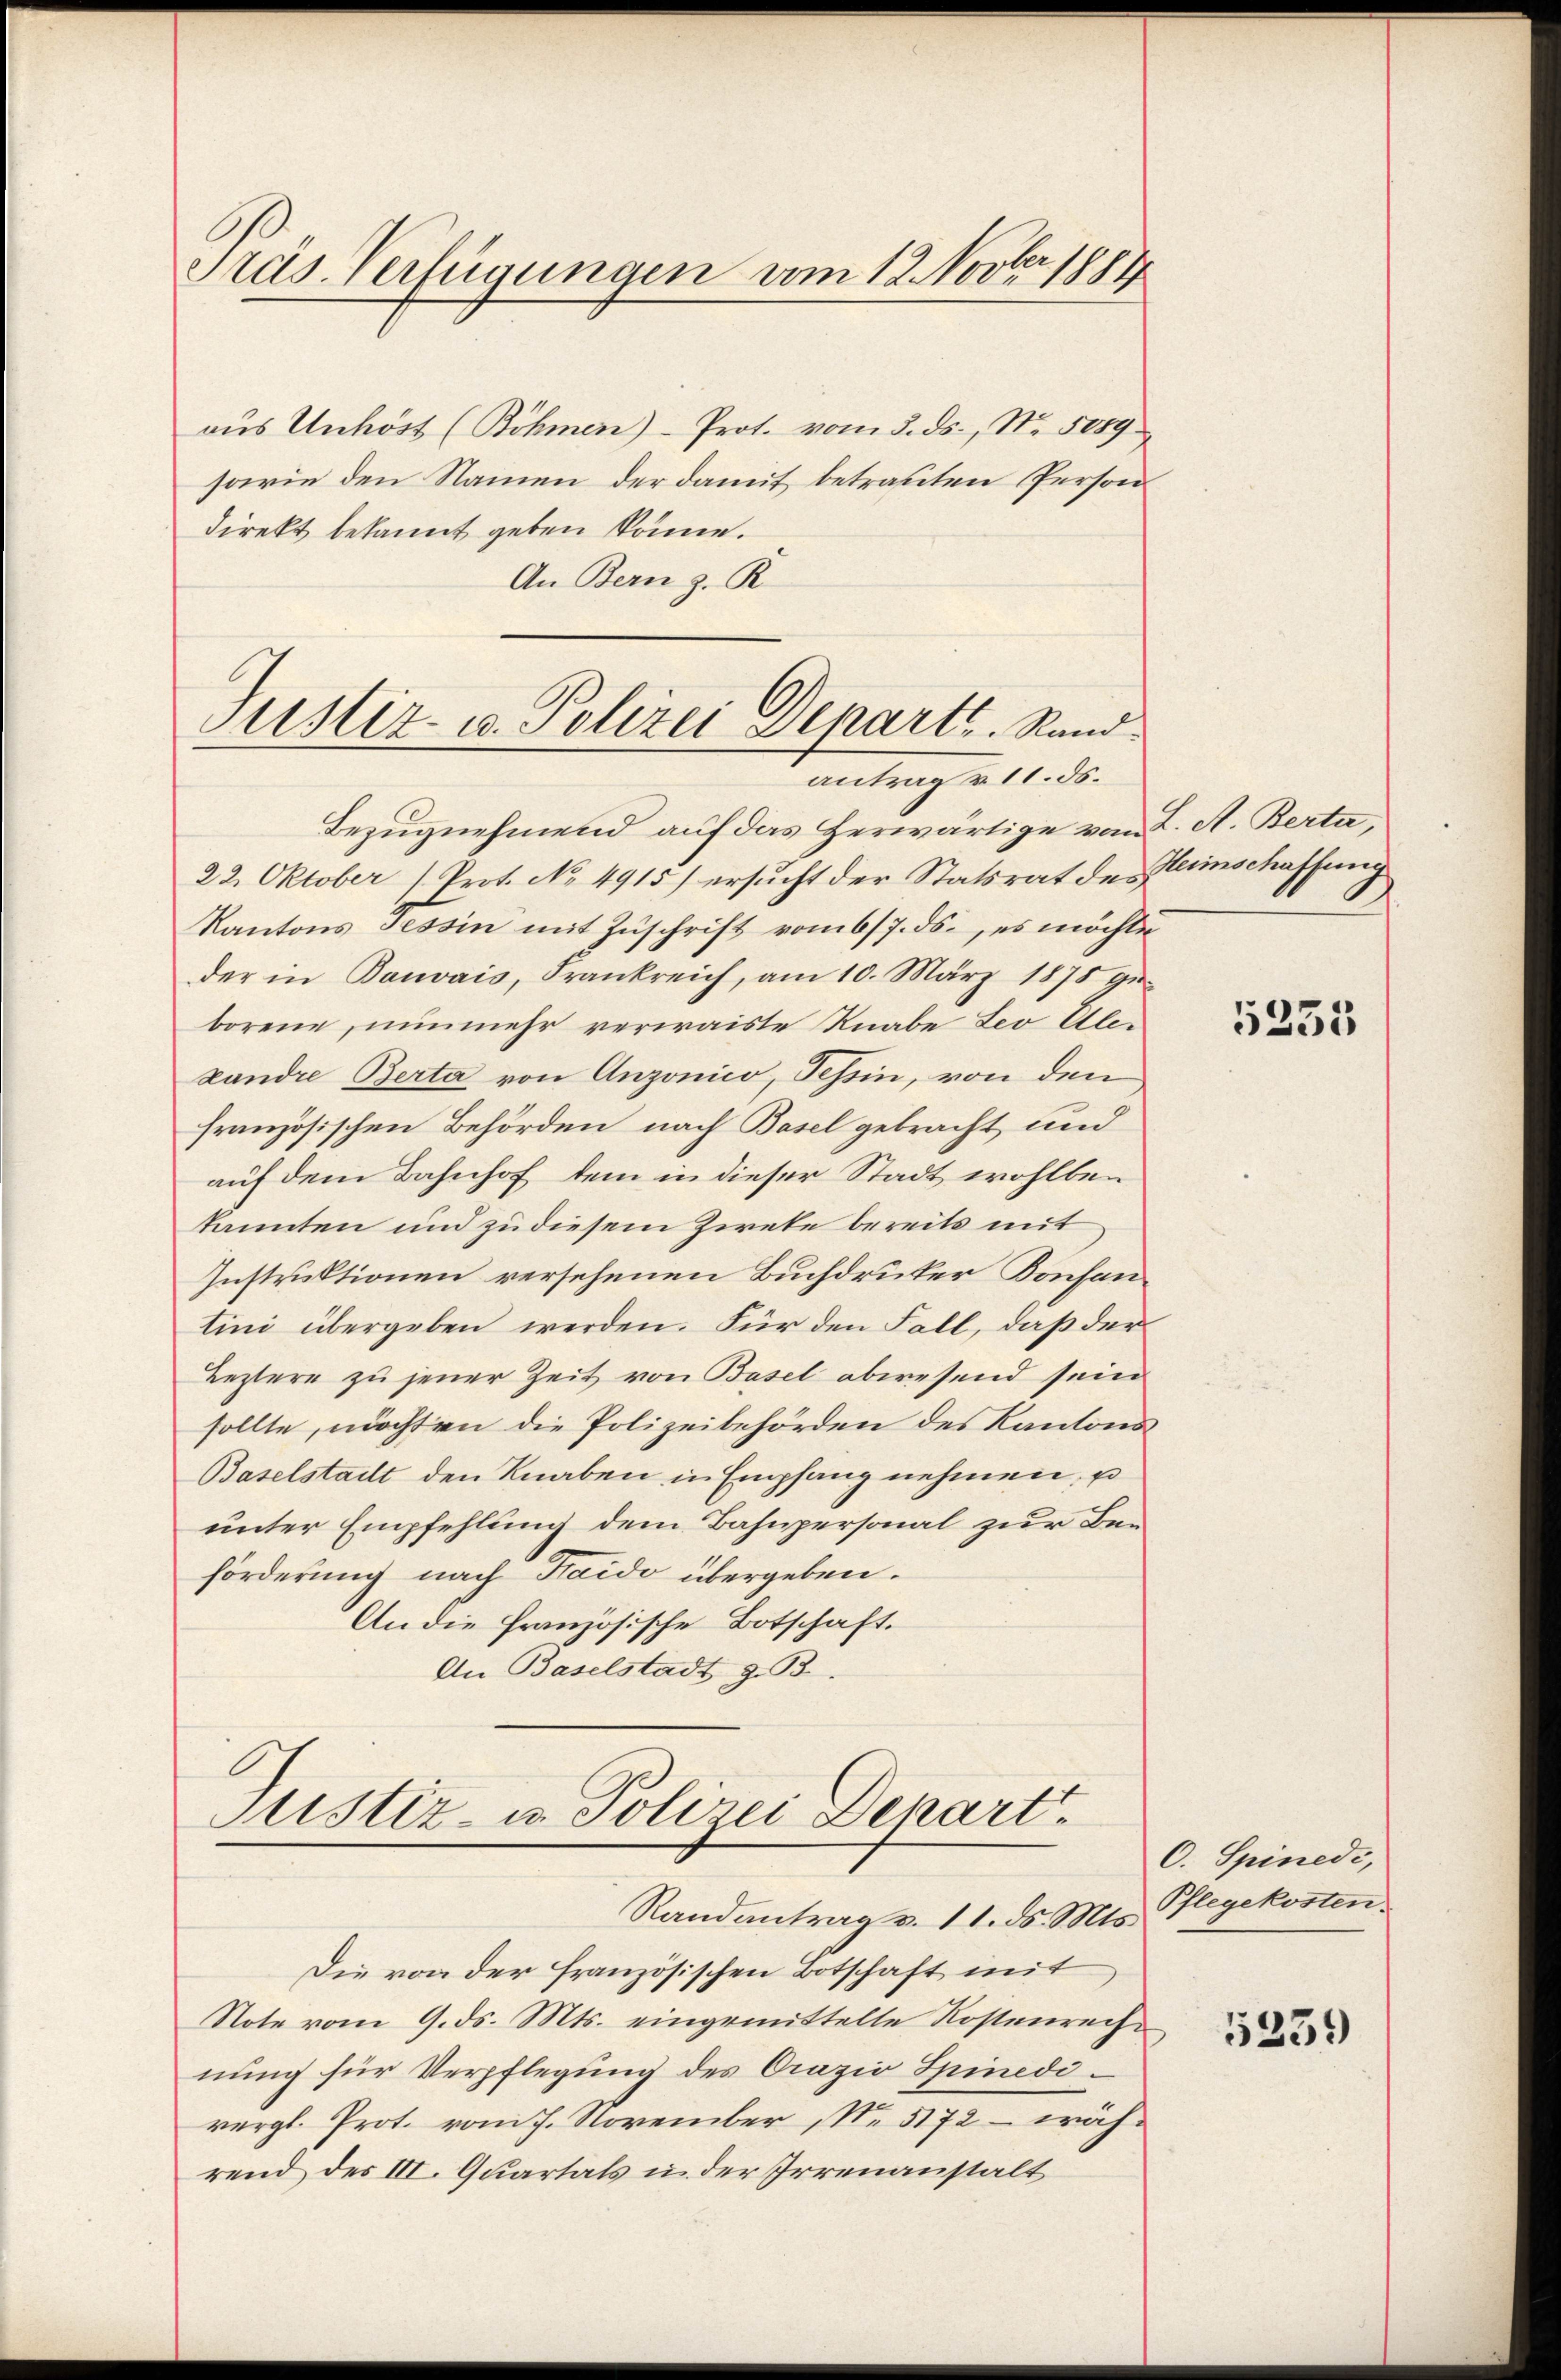
Präs. Verfügungen vom 12. Novber 1884

aŭs Unhöst (Böhmen)- Prot. vom 3. ds., Nr. 5089
sarie den Namen der damit betrauten Person
direkt bekannt geben könne.
An Bern z. R.

Justiz- u. Polizei Departe. Rand
antrag v. 11. ds.

Bezugnehmend auf das Herwärtige von K. A. Berta,
22. Oktober (Prot. No 4915) ersŭcht der Statsrat des Heimschaffung
Kantons Tessin mit Zuschrift vom 6/7. ds., es möchte
der in Bauvais, Frankreich, am 10. März 1878 ge-
borene, nunmehr verwaiste Knabe Leo Ab¬
Landre Berta von Anzonico, Tessin, von den
französischen Behörden nach Basel gebracht und
auf dem Bahnhof, dem in dieser Stadt wohlben
kannten und zu diesem Zirke bereits mit
Instruktionen versehenen Buchdruker Konsantini übergeben werden. Für den Fall, daß der
Leztere zu jener Zeit von Basel abwesend sein
sollte, möchten die Polizeibehörden des Kantons
Baselstadt den Knaben in Empfang nehmen. Es
unter Empfehlung dem Bahnpersonal zur Beförderung nach Haido übergeben.
An die französische Botschaft.
An Baselstadt z. B.

Justiz- u. Polizei Depart.
Randantrag v. 11. ds. Mts. Pflegekosten

Die von der französischen Botschaft mit
Note vom 9. ds. Mts. eingemittelte Kostenreche
nung für Verpflegung des Orazio Spinedivergl. Prot. vom 7. November No. 5172 – während des III. Quartals in der Irrenanstalt

5235

C. Spinedi,

1259)